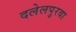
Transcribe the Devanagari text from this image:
दलेलपुरवा